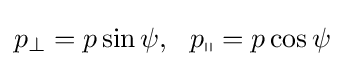
p_{\perp }=p\sin \psi ,~~p_{\shortparallel }=p\cos \psi